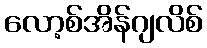
လော့စ်အိန်ဂျလိစ်